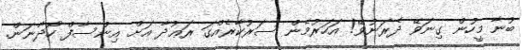
ބުނާ މީހުން ގިނަވޭ ދެރަނުވޭ! އަހަރުމެން ސަރުކާރެއްގަ ރަޢުދާ އަށް އިންސާފް ހޯދާނަން.